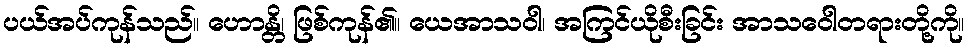
ပယ်အပ်ကုန်သည်။ ဟောန္တိ၊ ဖြစ်ကုန်၏။ ယေအာသဝါ၊ အကြင်ယိုစီးခြင်း အာသဝေါတရားတို့ကို။